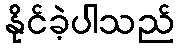
နိုင်ခဲ့ပါသည်